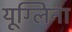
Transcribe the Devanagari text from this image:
यूग्लिना